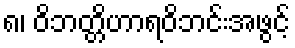
၈၊ ဝိဘတ္တိဟာရဝိဘင်းအဖွင့်